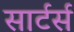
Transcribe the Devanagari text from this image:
सार्टर्स